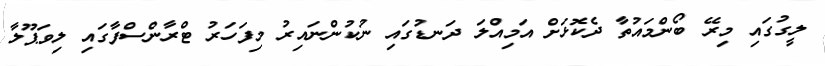
ލީގުގައި މިރޭ ބޯންމައުތާ ދެކޮޅަށް އަމިއްލަ ދަނޑުގައި ނުކުންނައިރު މިފަހަރު ޓްރާންސްފާގައި ލިވަޕޫލާ